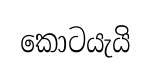
කොටයැයි